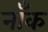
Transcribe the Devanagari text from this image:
नाँक